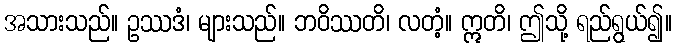
အသားသည်။ ဥဿဒံ၊ များသည်။ ဘဝိဿတိ၊ လတံ့။ ဣတိ၊ ဤသို့ ရည်ရွယ်၍။